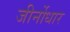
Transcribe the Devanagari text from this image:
जीर्नोधार